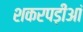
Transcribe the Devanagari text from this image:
शकरपड़ीआं